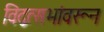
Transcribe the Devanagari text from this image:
विद्वत्सभांवरून